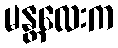
မန္တလေးက